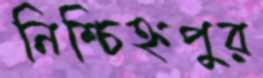
নিশ্চিহ্নপুর